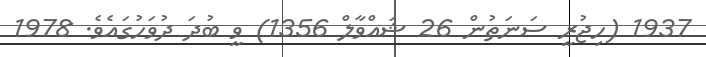
1937 (ހިޖުރީ ސަނަތުން 26 ޝައްވާލް 1356) ވީ ބުދަ ދުވަހުގައެވެ. 1978